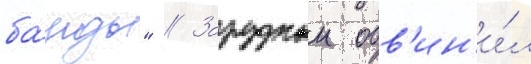
ба́нды" // Зарудныи обв'ин'и́л